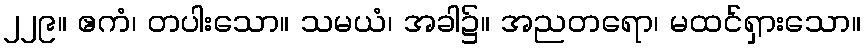
၂၂၉။ ဧကံ၊ တပါးသော။ သမယံ၊ အခါ၌။ အညတရော၊ မထင်ရှားသော။